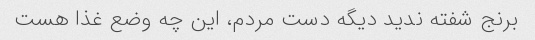
برنج شفته ندید دیگه دست مردم، این چه وضع غذا هست